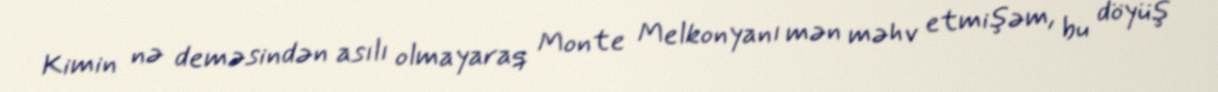
Kimin nə deməsindən asılı olmayaraq Monte Melkonyanı mən məhv etmişəm, bu döyüş